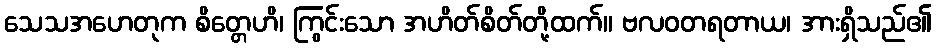
သေသအဟေတုက စိတ္တေဟိ၊ ကြွင်းသော အဟိတ်စိတ်တို့ထက်။ ဗလဝတရတာယ၊ အားရှိသည်၏